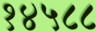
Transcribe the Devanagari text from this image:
१४५८८